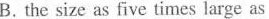
B. the size as five times large as